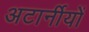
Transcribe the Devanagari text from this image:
अटार्नीयों